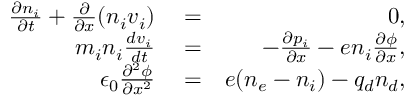
\begin{array} { r l r } { \frac { \partial n _ { i } } { \partial t } + \frac { \partial } { \partial x } ( n _ { i } v _ { i } ) } & { { } = } & { 0 , } \\ { m _ { i } n _ { i } \frac { d v _ { i } } { d t } } & { { } = } & { - \frac { \partial p _ { i } } { \partial x } - e n _ { i } \frac { \partial \phi } { \partial x } , } \\ { \epsilon _ { 0 } \frac { \partial ^ { 2 } \phi } { \partial x ^ { 2 } } } & { { } = } & { e ( n _ { e } - n _ { i } ) - q _ { d } n _ { d } , } \end{array}